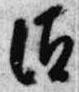
須